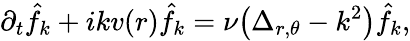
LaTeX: \partial_{t}\hat{f}_{k}+ikv(r)\hat{f}_{k}=\nu\big(\Delta_{r,\theta}-k^{2}\big)\hat{f}_{k},